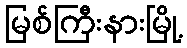
မြစ်ကြီးနားမြို့